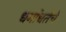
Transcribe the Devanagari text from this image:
धर्मांधतेचे